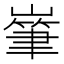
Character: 𡼸